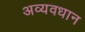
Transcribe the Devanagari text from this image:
अव्यवधान